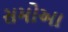
સમોઆ